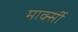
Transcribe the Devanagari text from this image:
मार्क्सी